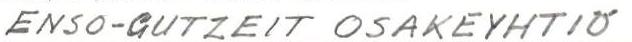
ENSO-GUTZEIT OSAKEYHTIÖ